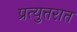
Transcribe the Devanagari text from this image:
प्रत्युत्तरात